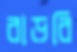
বাড়বি